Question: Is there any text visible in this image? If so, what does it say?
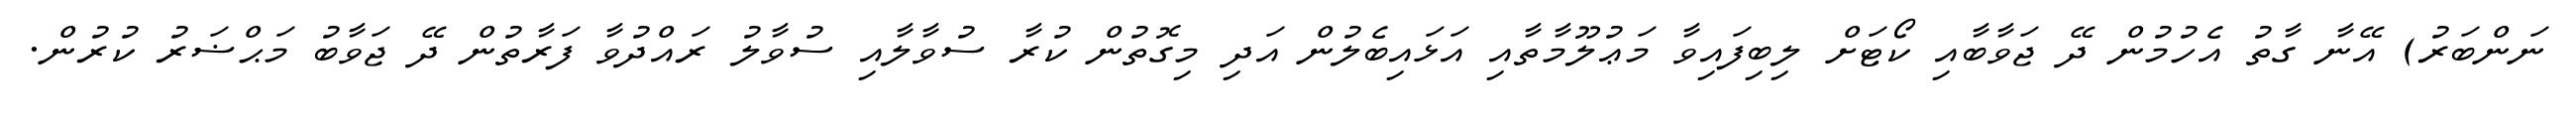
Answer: ނަންބަރު) އޭނާ ގާތު އެހުމުން ދޭ ޖަވާބާއި ކޯޓަށް ލިބިފައިވާ މަޢުލޫމާތާއި އަޅައިބެލުން އަދި މިގޮތުން ކުރާ ސުވާލާއި ސުވާލު ރައްދުވާ ފަރާތުން ދޭ ޖަވާބު މަޙްޟަރު ކުރުން.